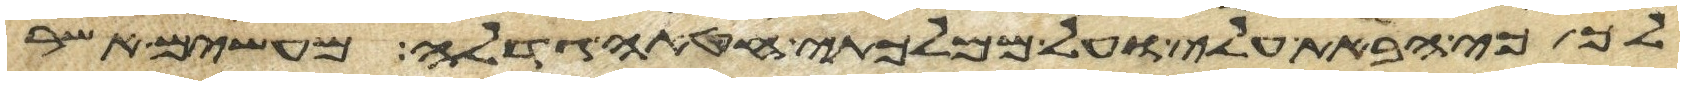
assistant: לך כי הבאת עלי ועל ממלכתי חטאה גדלה מעשים אשר